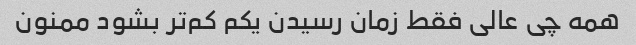
همه چی عالی فقط زمان رسیدن یکم کم‌تر بشود ممنون